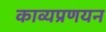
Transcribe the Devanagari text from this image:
काव्यप्रणयन